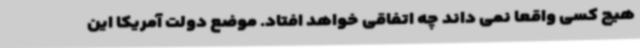
هیچ کسی واقعا نمی داند چه اتفاقی خواهد افتاد. موضع دولت آمریکا این